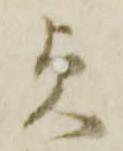
貞